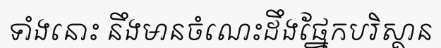
ទាំងនោះ នឹងមានចំណេះដឹងផ្នែកបរិស្ថាន